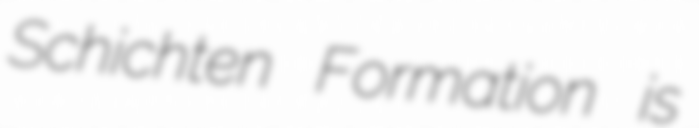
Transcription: Schichten Formation is